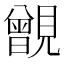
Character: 𧢐